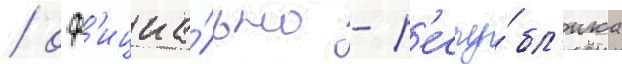
/ оф'ициа́льно - р'еспу́бл'ика